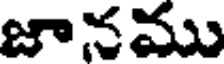
జానము